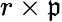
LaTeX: r\times\mathfrak{p}